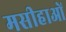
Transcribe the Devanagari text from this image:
मसीहाओं